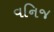
વનિજ